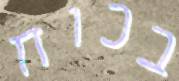
בכוח